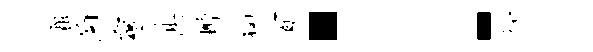
粗菊霾其榭狗百：抑